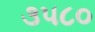
૩૫૮૦